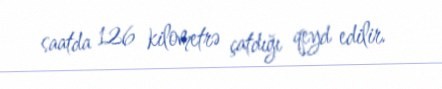
saatda 126 kilometrə çatdığı qeyd edilir.